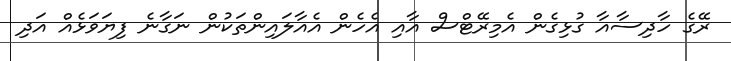
ރޭގެ ހާދިސާއާ ގުޅިގެން އެމިރޭޓްސް އާއި އެހެން އެއާލައިންތަކުން ނަގާނެ ފިޔަވަޅެއް އަދި